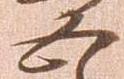
五